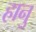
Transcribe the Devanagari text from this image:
हानु